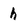
Character: h